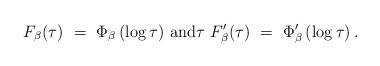
LaTeX: \begin{align*}F_\beta(\tau) \,\,=\,\, \Phi_\beta\left( \log \tau \right) \, \hbox{and} \tau\,\, F_\beta'(\tau) \,\,=\,\, {\Phi_\beta'\left(\log \tau \right)} \, . \end{align*}